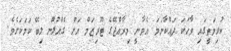
ކުރިމަތީގައި ވާހަކަ ދައްކާނަމަ އެވާނީ މިރާއްޖޭގެ ޓޫރިޒަމް އަށް ގެއްލުން ލިބޭ ކަމަކަށެވެ.